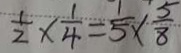
\frac { 1 } { 2 } \times \frac { 1 } { 4 } = \frac { 1 } { 5 } \times \frac { 5 } { 8 }